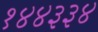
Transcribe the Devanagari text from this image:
१४४३३४